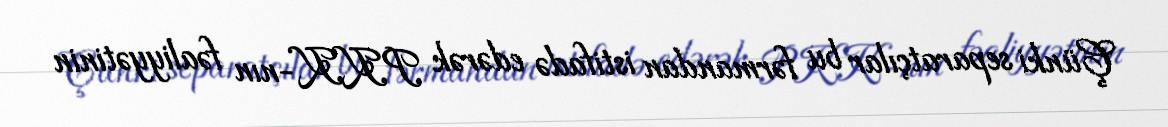
Çünki separatçılar bu fərmandan istifadə edərək PKK-nın fəaliyyətinin